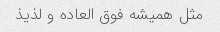
مثل همیشه فوق العاده و لذیذ